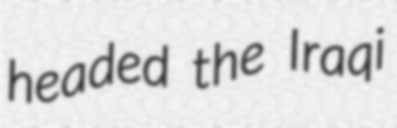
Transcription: headed the Iraqi